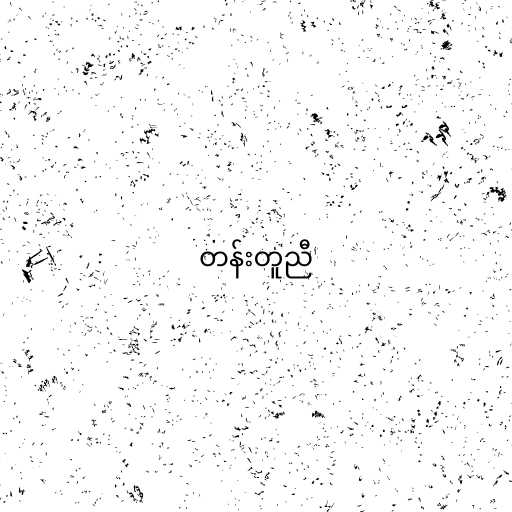
တန်းတူညီ